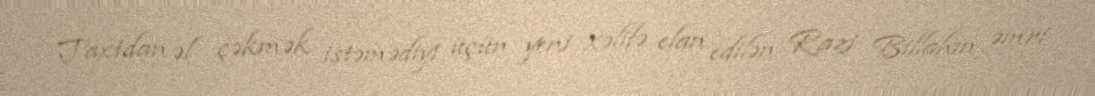
Taxtdan əl çəkmək istəmədiyi üçün yeni xəlifə elan edilən Razi Billahın əmri